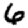
Digit: 6